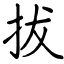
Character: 拔